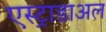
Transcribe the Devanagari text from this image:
एस्ट्राडाअल